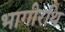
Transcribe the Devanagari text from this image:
भागीरथि